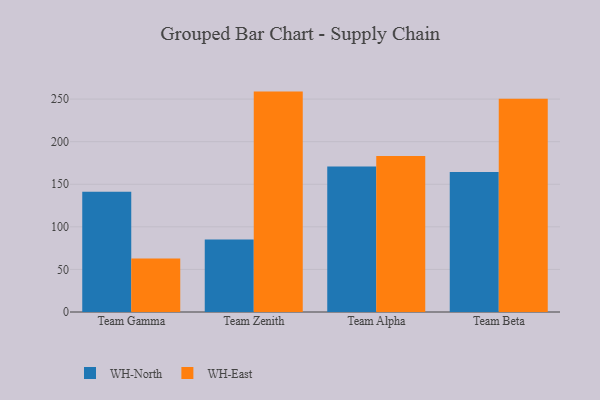
{"axis": {"x": "Team", "y": "Production Output"}, "legend": ["WH-East", "WH-North"], "data": [{"x": "Team Gamma", "y": 141.3, "type": "WH-North"}, {"x": "Team Gamma", "y": 62.9, "type": "WH-East"}, {"x": "Team Zenith", "y": 85.2, "type": "WH-North"}, {"x": "Team Zenith", "y": 258.8, "type": "WH-East"}, {"x": "Team Alpha", "y": 170.8, "type": "WH-North"}, {"x": "Team Alpha", "y": 183.2, "type": "WH-East"}, {"x": "Team Beta", "y": 164.4, "type": "WH-North"}, {"x": "Team Beta", "y": 250.4, "type": "WH-East"}]}